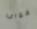
قواي